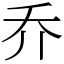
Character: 乔